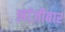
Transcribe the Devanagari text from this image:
झांजीबार